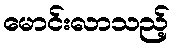
မောင်းလာသည့်